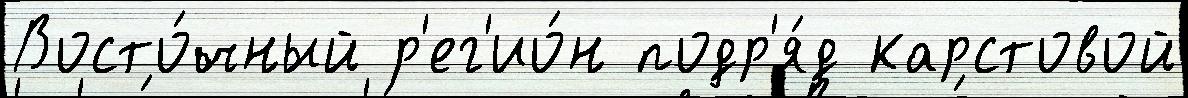
Восто́чный р'ег'ио́н подр'я́д карстовой